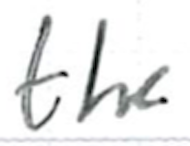
Text: the
Cross-out: clean
Writing tool: ballpoint